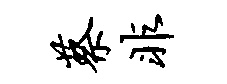
蔡非